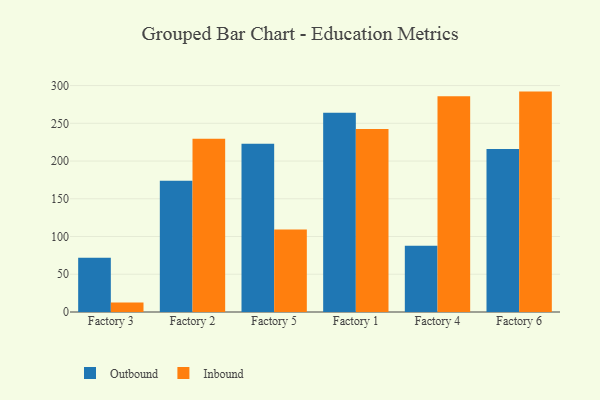
{"axis": {"x": "Factory", "y": "Energy Usage (MWh)"}, "legend": ["Inbound", "Outbound"], "data": [{"x": "Factory 3", "y": 71.9, "type": "Outbound"}, {"x": "Factory 3", "y": 12.6, "type": "Inbound"}, {"x": "Factory 2", "y": 173.8, "type": "Outbound"}, {"x": "Factory 2", "y": 229.6, "type": "Inbound"}, {"x": "Factory 5", "y": 223.0, "type": "Outbound"}, {"x": "Factory 5", "y": 109.4, "type": "Inbound"}, {"x": "Factory 1", "y": 264.0, "type": "Outbound"}, {"x": "Factory 1", "y": 242.3, "type": "Inbound"}, {"x": "Factory 4", "y": 87.9, "type": "Outbound"}, {"x": "Factory 4", "y": 285.7, "type": "Inbound"}, {"x": "Factory 6", "y": 216.1, "type": "Outbound"}, {"x": "Factory 6", "y": 292.0, "type": "Inbound"}]}